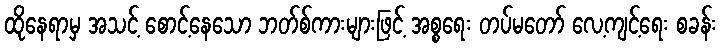
ထိုနေရာမှ အသင့် စောင့်နေသော ဘတ်စ်ကားများဖြင့် အစ္စရေး တပ်မတော် လေ့ကျင့်ရေး စခန်း